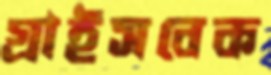
গ্রাইসবেক